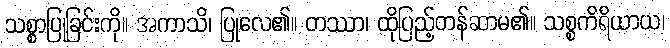
သစ္စာပြုခြင်းကို။ အကာသိ၊ ပြုလေ၏။ တဿာ၊ ထိုပြည့်တန်ဆာမ၏။ သစ္စကိရိယာယ၊